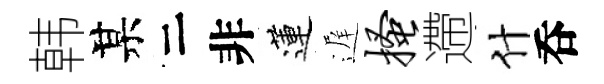
韩某二非蓮遅搔遰什呑